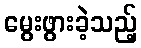
မွေးဖွားခဲ့သည့်